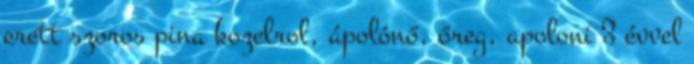
erett szoros pina kozelrol, ápolónő, őreg, apoloni 3 évvel